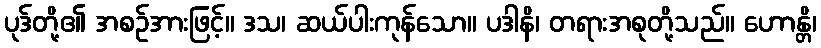
ပုဒ်တို့၏ အစဉ်အားဖြင့်။ ဒသ၊ ဆယ်ပါးကုန်သော။ ပဒါနိ၊ တရားအစုတို့သည်။ ဟောန္တိ၊